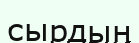
сырдың